Annual report of the Imperial Bacteriological Laboratory, Muktesar
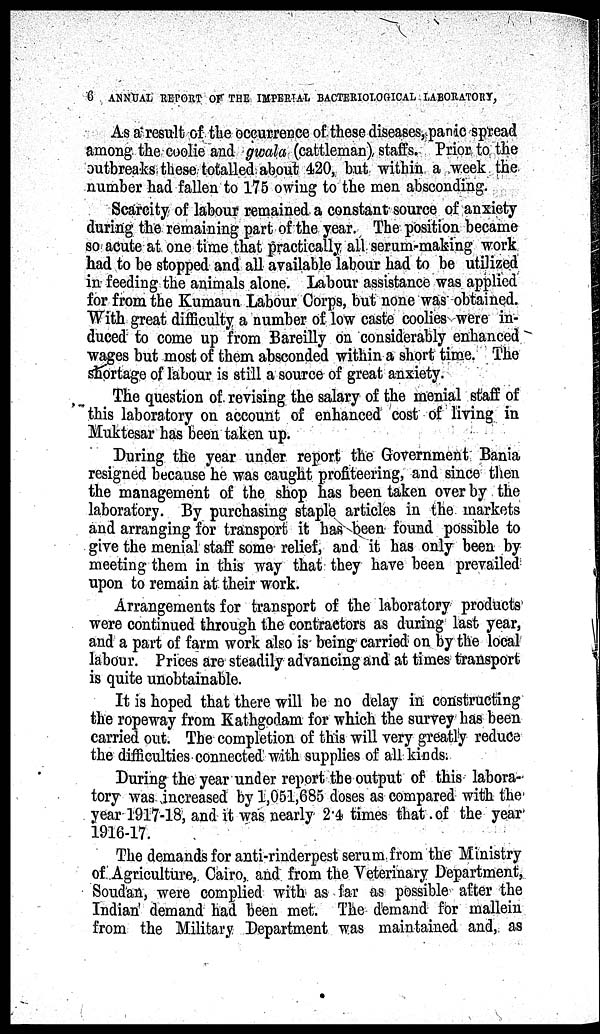
6 ANNUAL REPORT OF THE IMPERIAL BACTERIOLOGICAL LABORATORY,
As a result of the occurrence of these diseases, panic spread
among the coolie and gwala (cattleman) staffs. Prior to the
outbreaks these totalled about 420, but within a week the
number had fallen to 175 owing to the men absconding.
Scarcity of labour remained a constant source of anxiety
during the remaining part of the year. The position became
so acute at one time that practically all serum-making work
had to be stopped and all available labour had to be utilized
in feeding the animals alone. Labour assistance was applied
for from the Kumaun Labour Corps, but none was obtained.
With great difficulty a number of low caste coolies were in-
duced to come up from Bareilly on considerably enhanced
wages but most of them absconded within a short time. The
shortage of labour is still a source of great anxiety.
The question of revising the salary of the menial staff of
this laboratory on account of enhanced cost of living in
Muktesar has been taken up.
During the year under report the Government Bania
resigned because he was caught profiteering, and since then
the management of the shop has been taken over by the
laboratory. By purchasing staple articles in the markets
and arranging for transport it has been found possible to
give the menial staff some relief, and it has only been by
meeting them in this way that they have been prevailed
upon to remain at their work.
Arrangements for transport of the laboratory products
were continued through the contractors as during last year,
and a part of farm work also is being carried on by the local
labour. Prices are steadily advancing and at times transport
is quite unobtainable.
It is hoped that there will be no delay in constructing
the ropeway from Kathgodam for which the survey has been
carried out. The completion of this will very greatly reduce
the difficulties connected with supplies of all kinds.
During the year under report the output of this labora-
tory was increased by 1,051,685 doses as compared with the
year 1917-18, and it was nearly 2.4 times that of the year
1916-17.
The demands for anti-rinderpest serum from the Ministry
of Agriculture, Cairo, and from the Veterinary Department,
Soudan, were complied with as far as possible after the
Indian demand had been met. The demand for mallein
from the Military Department was maintained and, as